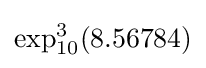
\exp _{10}^{3}(8.56784)